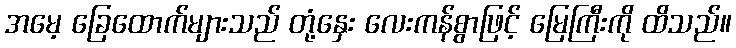
အမေ့ ခြေထောက်များသည် တုံ့နှေး လေးကန်စွာဖြင့် မြေကြီးကို ထိသည်။